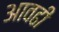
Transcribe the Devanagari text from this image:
आवढी